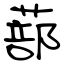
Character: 蔀